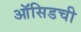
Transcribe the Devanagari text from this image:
ऑसिडची